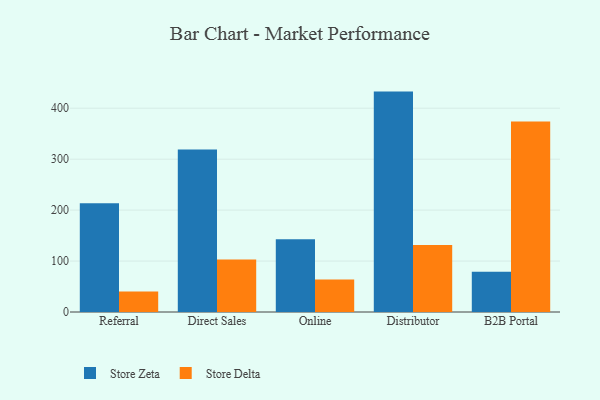
{"axis": {"x": "Channel", "y": "Waste Production (Tons)"}, "legend": ["Store Delta", "Store Zeta"], "data": [{"x": "Referral", "y": 213.5, "type": "Store Zeta"}, {"x": "Referral", "y": 40.0, "type": "Store Delta"}, {"x": "Direct Sales", "y": 319.0, "type": "Store Zeta"}, {"x": "Direct Sales", "y": 102.9, "type": "Store Delta"}, {"x": "Online", "y": 142.7, "type": "Store Zeta"}, {"x": "Online", "y": 63.8, "type": "Store Delta"}, {"x": "Distributor", "y": 432.6, "type": "Store Zeta"}, {"x": "Distributor", "y": 131.4, "type": "Store Delta"}, {"x": "B2B Portal", "y": 78.8, "type": "Store Zeta"}, {"x": "B2B Portal", "y": 374.1, "type": "Store Delta"}]}